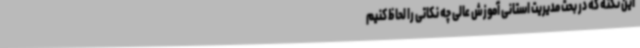
این نکته که در بحث مدیریت استانی آموزش عالی چه نکاتی را لحاظ کنیم